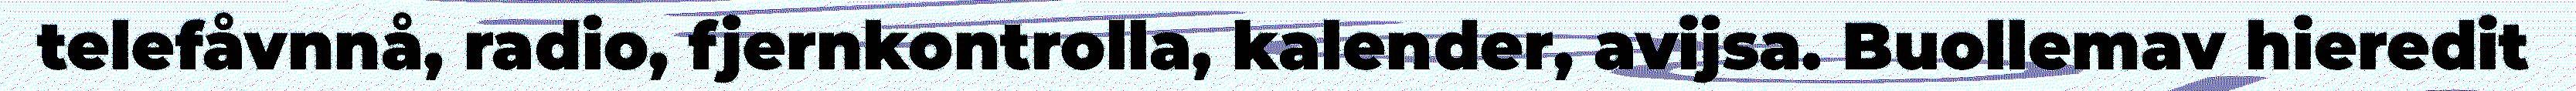
telefåvnnå, radio, fjernkontrolla, kalender, avijsa. Buollemav hieredit